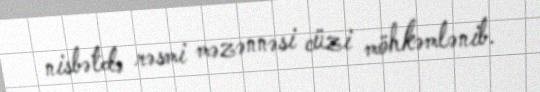
nisbətdə rəsmi məzənnəsi cüzi möhkəmlənib.